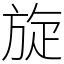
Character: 旋